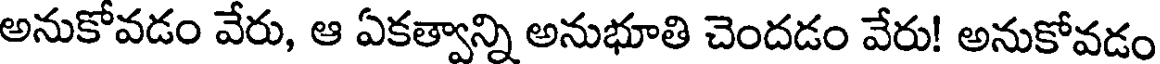
అనుకోవడం వేరు, ఆ ఏకత్వాన్ని అనుభూతి చెందడం వేరు! అనుకోవడం